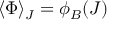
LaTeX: \langle \Phi \rangle _ { J } = \phi _ { B } ( J )